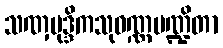
သဏှမုဒ္ဒိကသုဝဏ္ဏမဏ္ဍိတာ